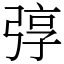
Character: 弴